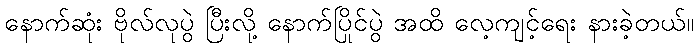
နောက်ဆုံး ဗိုလ်လုပွဲ ပြီးလို့ နောက်ပြိုင်ပွဲ အထိ လေ့ကျင့်ရေး နားခဲ့တယ်။